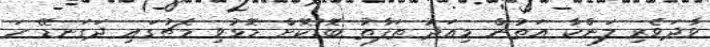
ވާދަވެރި ލަންކާ އަތުން މިއަދު ތަފާތު ބޮޑުކޮށް މޮޅުވި މެޗުގައި ދަގަނޑޭ ހަ